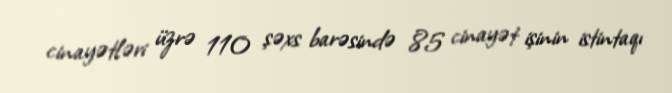
cinayətləri üzrə 110 şəxs barəsində 85 cinayət işinin istintaqı